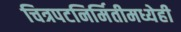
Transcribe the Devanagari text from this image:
चित्रपटनिर्मितीमध्येही